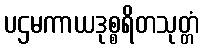
ပဌမကာယဒုစ္စရိတသုတ္တံ